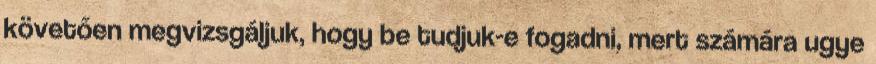
követően megvizsgáljuk, hogy be tudjuk-e fogadni, mert számára ugye